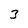
Character: 3